Source: Handwritten
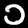
Digit: ၁ (1)